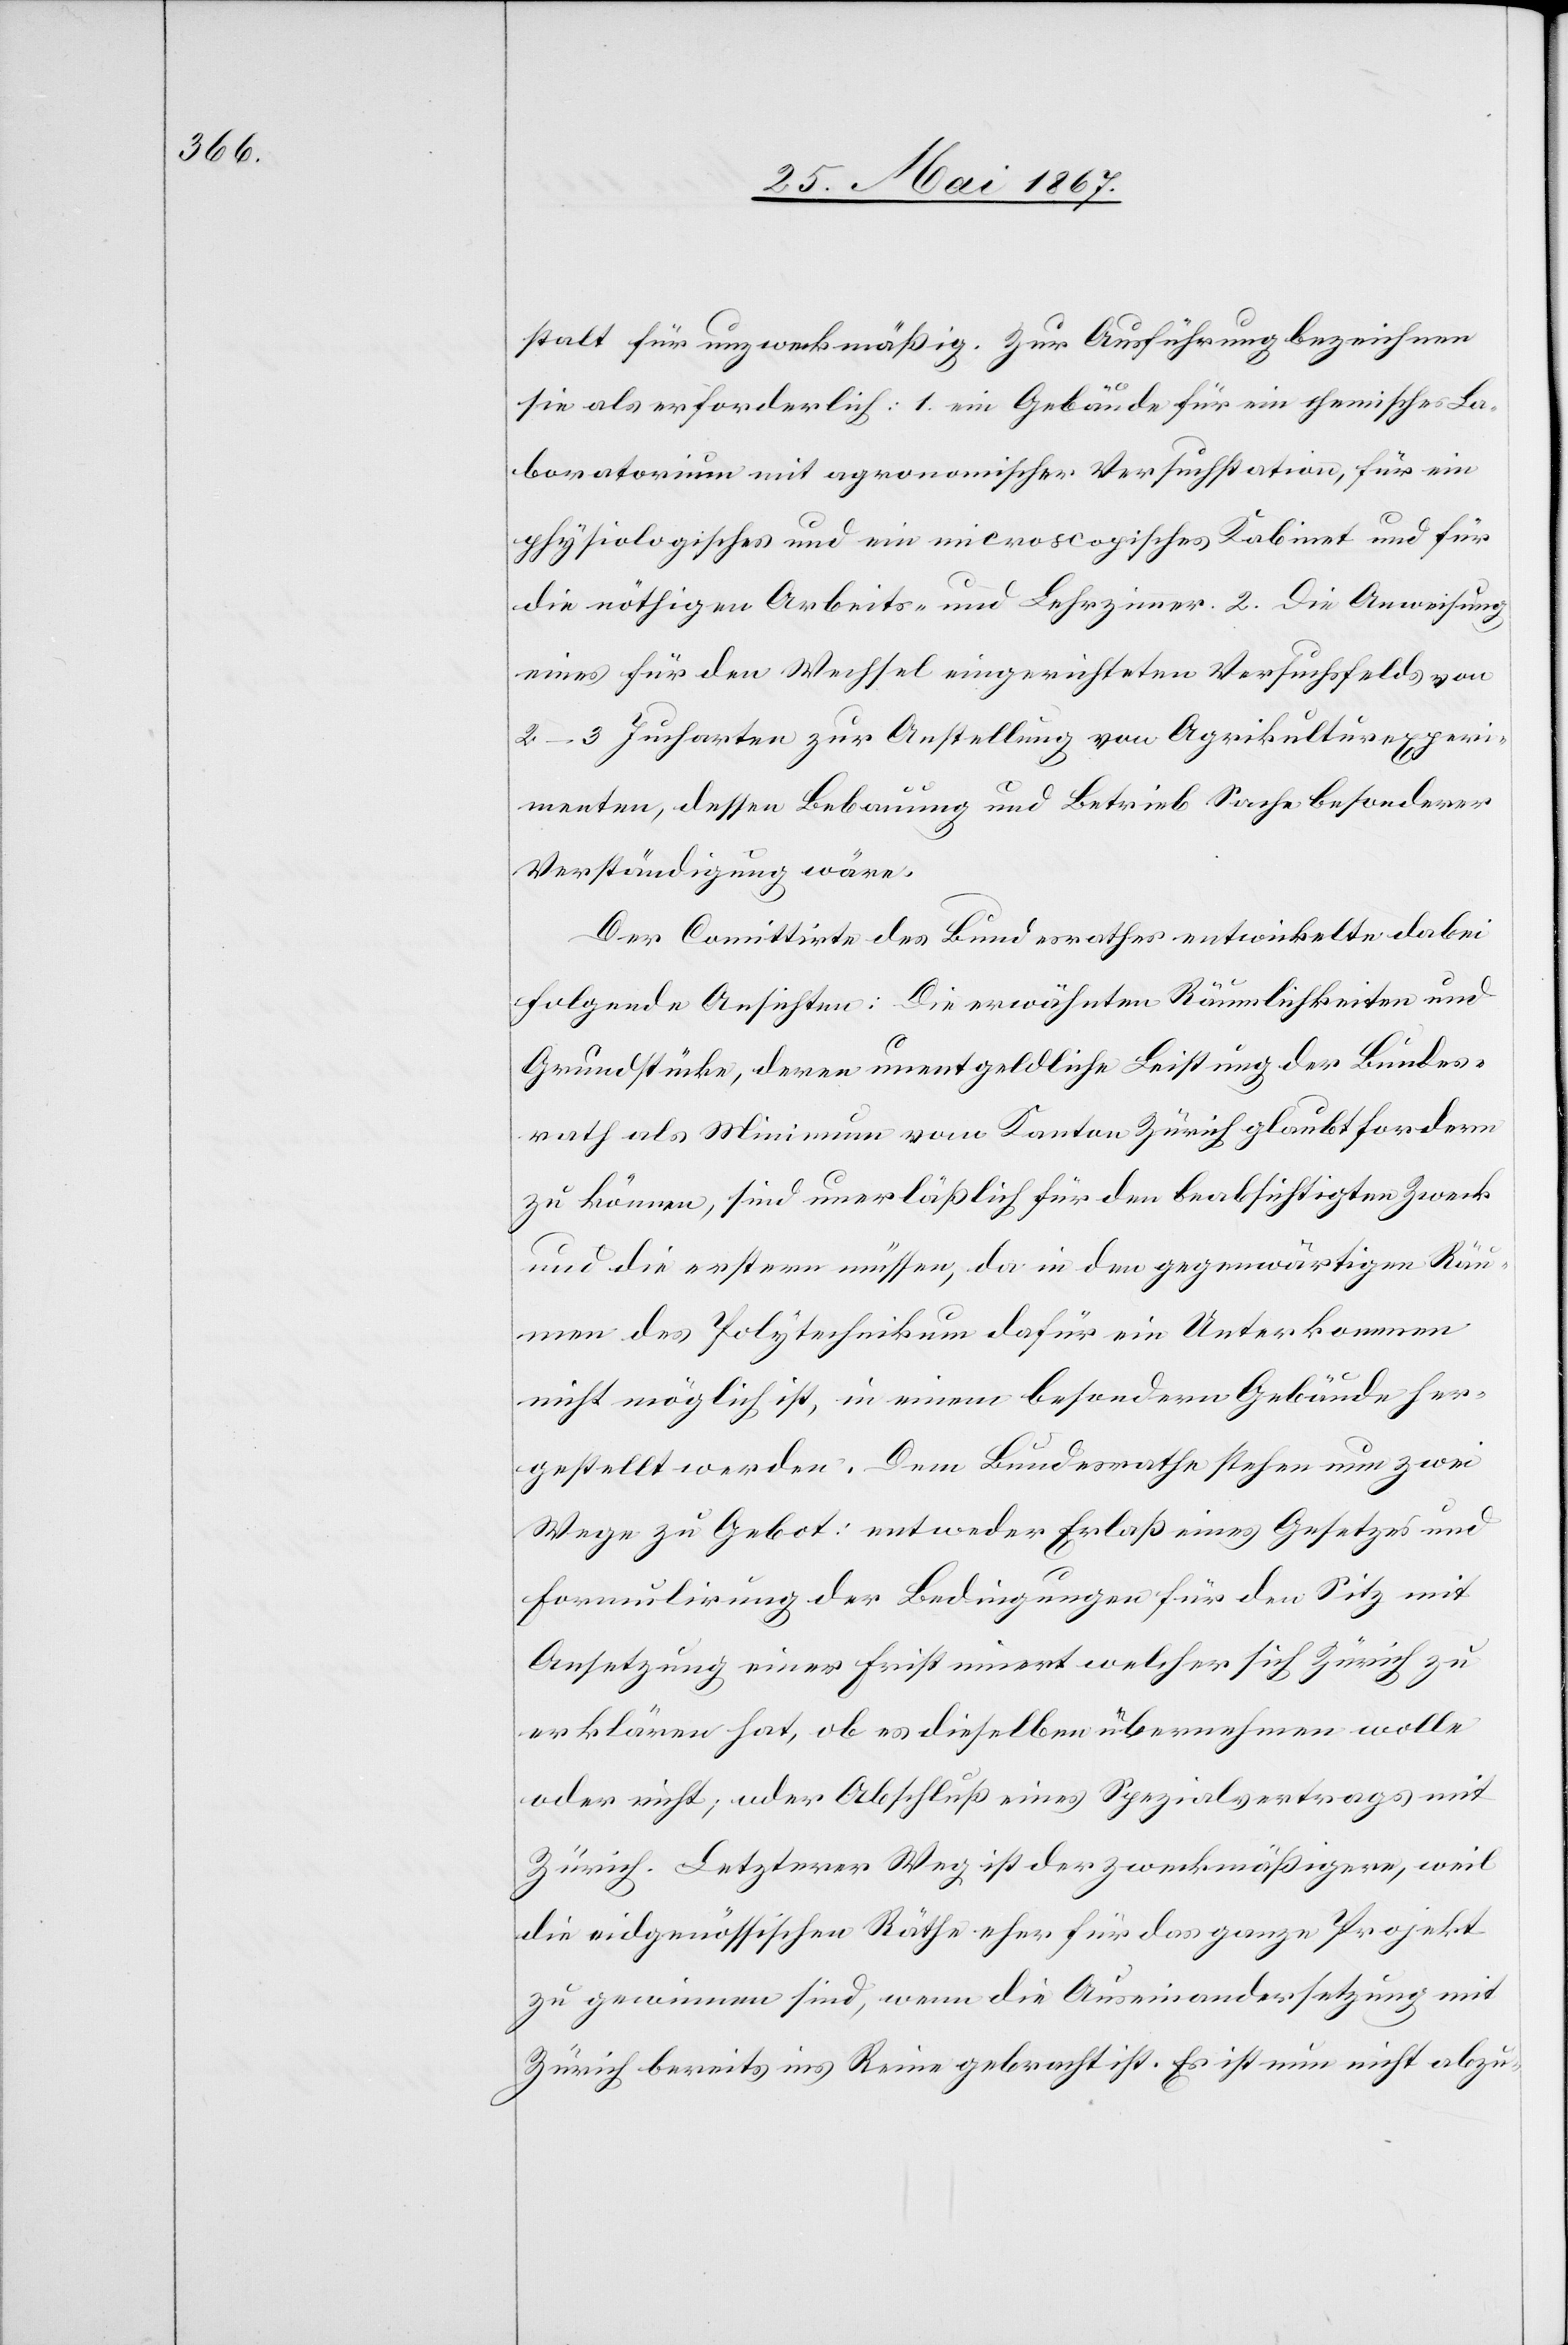
stalt für unzweckmäßig. Zur Ausführung bezeichnen
sie als erforderlich: 1. ein Gebäude für ein chemisches La¬
boratorium mit agronomischer Versuchstation, für ein
physiologisches und ein microscopisches Kabinet und für
die nöthigen Arbeits- und Lehrzimmer. 2. Die Anweisung
eines für den Wechsel eingerichteten Versuchsfelds von
arten, dessen Bebauung und Betrieb Sache besonderer
Verständigung wäre.
Der Comittirte des Bundesrathes entwickelte dabei
folgende Ansichten: Die erwähnten Räumlichkeiten und
Juch¬
Grundstücke, deren unentgeldliche Leistung der Bundes¬
rath als Minimum vom Kanton Zürich glaubt fordern
zu können, sind unerläßlich für den beabsichtigten Zweck
und die erstern müssen, da in den gegenwärtigen Räu¬
men des Polytechnikum dafür ein Unterkommen
nicht möglich ist, in einem besondern Gebäude her¬
gestellt werden. Dem Bundesrathe stehen nun zwei
Wege zu Gebot: entweder Erlaß eines Gesetzes und
Formulierung der Bedingungen für den Sitz mit
Ansetzung einer Frist innert welcher sich Zürich zu
erklären hat, ob es dieselben übernehmen wolle
oder nicht; oder Abschluß eines Spezialvertrags mit
Zürich. Letzterer Weg ist der zweckmäßigere, weil
die eidgenössischen Räthe eher für das ganze Projekt
zu gewinnen sind, wenn die Auseinandersetzung mit
Zürich bereits ins Reine gebracht ist. Es ist nun nicht abzu-